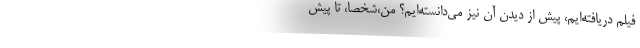
فیلم دریافته‌ایم، پیش از دیدن آن نیز می‌دانسته‌ایم؟ من،شخصا، تا پیش